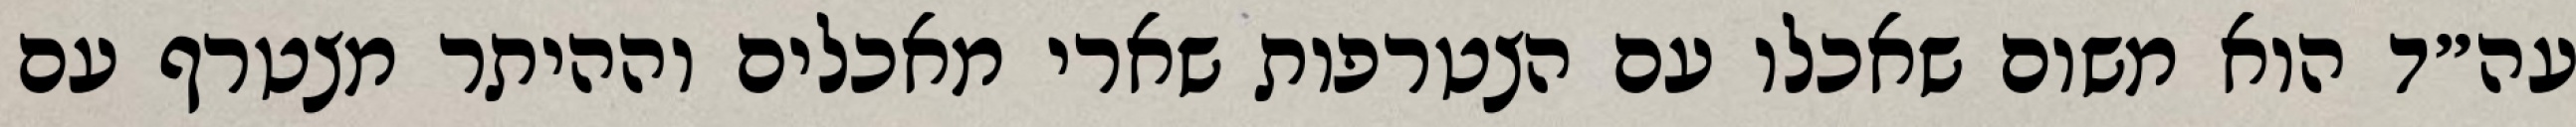
עה״ד הוא משום שאכלו עם הצטרפות שארי מאכלים וההיתר מצטרף עם